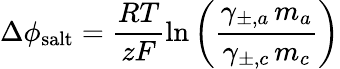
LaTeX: \Delta\phi_{\mathrm{salt}}=\frac{RT}{zF}\ln\left(\frac{\gamma_{\pm,a}\, m_{a}}{\gamma_{\pm,c}\, m_{c}}\right)